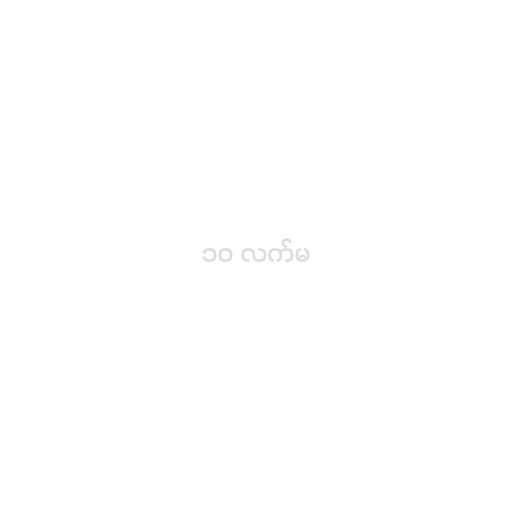
၁၀ လက်မ